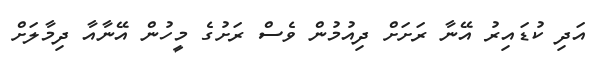
އަދި ކުޑައިރު އޭނާ ރަށަށް ދިއުމުން ވެސް ރަށުގެ މީހުން އޭނާއާ ދިމާލަށް